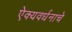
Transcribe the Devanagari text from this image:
ऐक्यवर्धनाचे